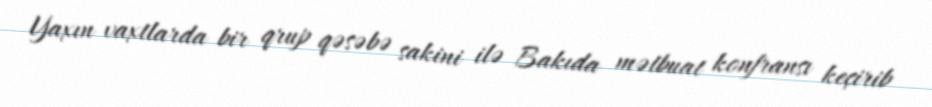
Yaxın vaxtlarda bir qrup qəsəbə sakini ilə Bakıda mətbuat konfransı keçirib